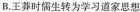
B.王莽时儒生转为学习道家思想